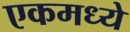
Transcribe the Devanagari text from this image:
एकमध्ये